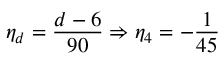
\eta _ { d } = \frac { d - 6 } { 9 0 } \Rightarrow \eta _ { 4 } = - \frac { 1 } { 4 5 }